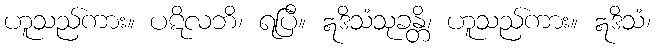
ဟူသည်ကား။ ပဋိလဘိ၊ ရပြီ။ ဣဒိသံသုခန္တိ၊ ဟူသည်ကား။ ဣဒိသံ၊